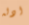
ادله